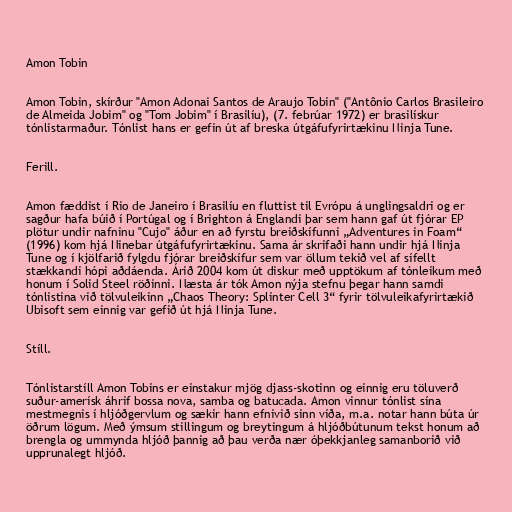
Amon Tobin

Amon Tobin, skírður "Amon Adonai Santos de Araujo Tobin" ("Antônio Carlos Brasileiro
de Almeida Jobim" og "Tom Jobim" í Brasilíu), (7. febrúar 1972) er brasilískur
tónlistarmaður. Tónlist hans er gefin út af breska útgáfufyrirtækinu Ninja Tune.

Ferill.

Amon fæddist í Rio de Janeiro í Brasilíu en fluttist til Evrópu á unglingsaldri og er
sagður hafa búið í Portúgal og í Brighton á Englandi þar sem hann gaf út fjórar EP
plötur undir nafninu "Cujo" áður en að fyrstu breiðskífunni „Adventures in Foam“
(1996) kom hjá Ninebar útgáfufyrirtækinu. Sama ár skrifaði hann undir hjá Ninja
Tune og í kjölfarið fylgdu fjórar breiðskífur sem var öllum tekið vel af sífellt
stækkandi hópi aðdáenda. Árið 2004 kom út diskur með upptökum af tónleikum með
honum í Solid Steel röðinni. Næsta ár tók Amon nýja stefnu þegar hann samdi
tónlistina við tölvuleikinn „Chaos Theory: Splinter Cell 3“ fyrir tölvuleikafyrirtækið
Ubisoft sem einnig var gefið út hjá Ninja Tune.

Stíll.

Tónlistarstíll Amon Tobins er einstakur mjög djass-skotinn og einnig eru töluverð
suður-amerísk áhrif bossa nova, samba og batucada. Amon vinnur tónlist sína
mestmegnis í hljóðgervlum og sækir hann efnivið sinn víða, m.a. notar hann búta úr
öðrum lögum. Með ýmsum stillingum og breytingum á hljóðbútunum tekst honum að
brengla og ummynda hljóð þannig að þau verða nær óþekkjanleg samanborið við
upprunalegt hljóð.